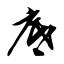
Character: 底